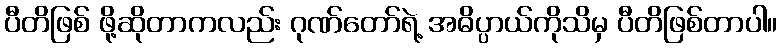
ပီတိဖြစ် ဖို့ဆိုတာကလည်း ဂုဏ်တော်ရဲ့ အဓိပ္ပာယ်ကိုသိမှ ပီတိဖြစ်တာပါ။